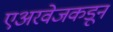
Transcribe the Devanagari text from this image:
एअरवेजकडून